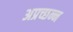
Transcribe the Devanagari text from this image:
अप्रच्छन्न